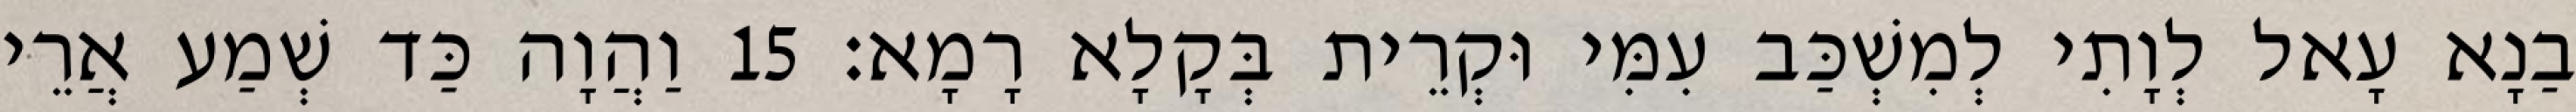
בַנָא עָאל לְוָתִי לְמִשְׁכַּב עִמִּי וּקְרֵית בְּקָלָא רָמָא׃ 15 וַהֲוָה כַּד שְׁמַע אֲרֵי